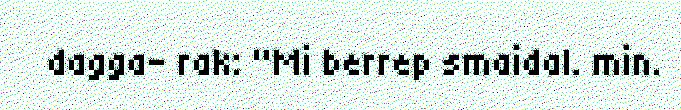
dagga- rak: "Mi berrep smaidal. min.